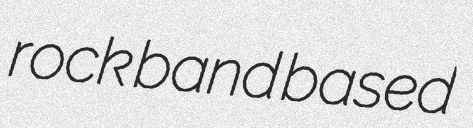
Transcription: rock band based